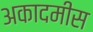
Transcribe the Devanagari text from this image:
अकादमीस